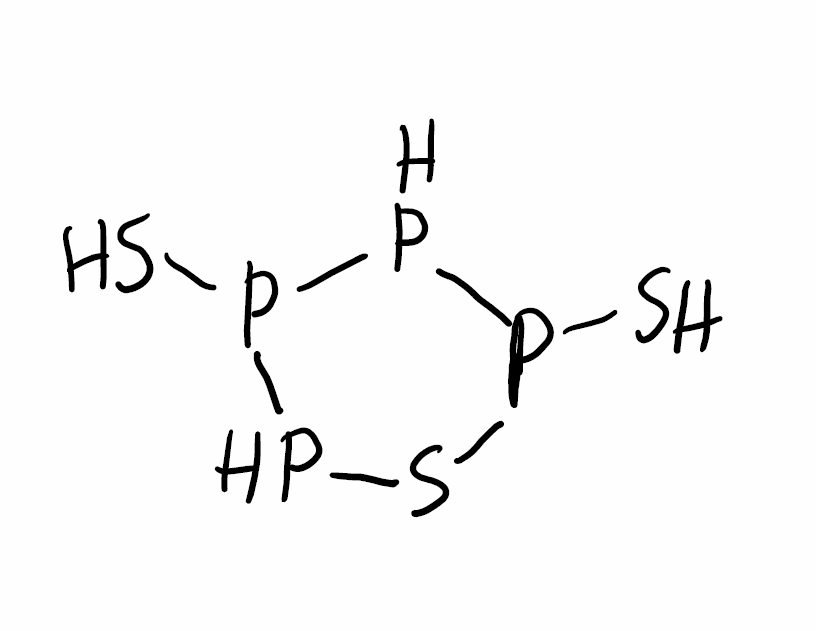
Simplified molecular-input line-entry system (SMILES) notation of the given molecule:
P1P(PSP1S)S